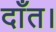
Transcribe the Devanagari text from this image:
दाँत।